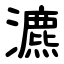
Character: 瀌